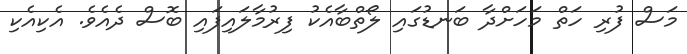
މަސް ފުރި ހަތް މަހަށްދާ ބަނޑުގައި ލޯތްބާއެކު ފިރުމާލައިފައި ބޮސް ދެއެވެ. އެކިއެކި